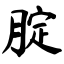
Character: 腚